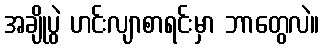
အချိုပွဲ ဟင်းလျာစာရင်းမှာ ဘာတွေလဲ။